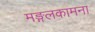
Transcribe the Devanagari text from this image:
मङ्गलकामना